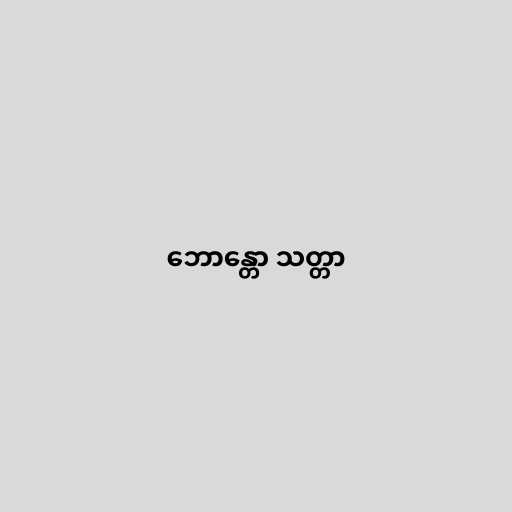
ဘောန္တော သတ္တာ